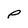
Character: p